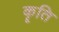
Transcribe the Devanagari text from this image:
कॄति